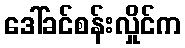
ဒေါ်ခင်စန်းလှိုင်က